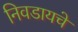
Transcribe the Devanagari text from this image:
निवडायचे